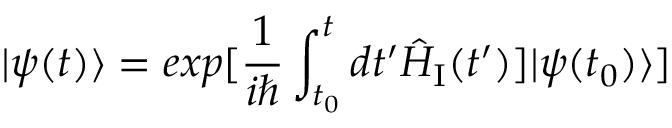
| \psi ( t ) \rangle = e x p [ { \frac { 1 } { i \hbar } } \int _ { t _ { 0 } } ^ { t } d t ^ { \prime } \hat { H } _ { \mathrm { I } } ( t ^ { \prime } ) ] | \psi ( t _ { 0 } ) \rangle ]